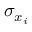
\sigma _ { x _ { i } }